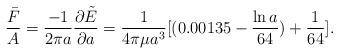
LaTeX: \begin{align*}\frac{\bar{F}}{A}=\frac{-1}{2\pi a}\frac{\partial\tilde{E}}{\partial a}=\frac{1}{4\pi \mu a^{3}}[(0.00135-\frac{\ln a}{64}) +\frac{1}{64 }].\end{align*}